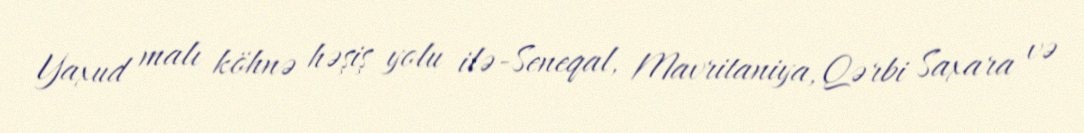
Yaxud malı köhnə həşiş yolu ilə-Seneqal, Mavritaniya, Qərbi Saxara və